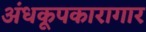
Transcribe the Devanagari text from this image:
अंधकूपकारागार